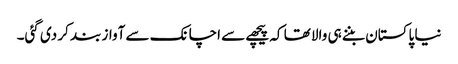
نیا پاکستان بننے ہی والا تھا کہ پیچھے سے اچانک سے آواز بند کر دی گئی۔